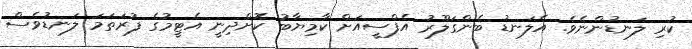
ކުރި ލަނޑުންނެވެ. އެލަނޑު ބެންގަލޫރު އެފްސީއަށް ކާމިޔާބު ކޮށްދިނީ އެޓީމުގެ ފުރަތަމަ ލަނޑުވެސް